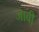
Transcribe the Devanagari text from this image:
जाबी